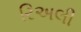
રિઅલી